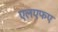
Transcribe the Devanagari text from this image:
एलएफए